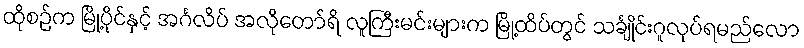
ထိုစဉ်က မြို့ပိုင်နှင့် အင်္ဂလိပ် အလိုတော်ရိ လူကြီးမင်းများက မြို့ထိပ်တွင် သင်္ချိုင်းဂူလုပ်ရမည်လော